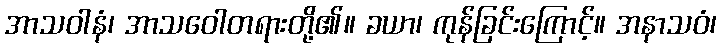
အာသဝါနံ၊ အာသဝေါတရားတို့၏။ ခယာ၊ ကုန်ခြင်းကြောင့်။ အနာသဝံ၊